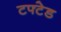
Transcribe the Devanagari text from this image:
टफ्टेड